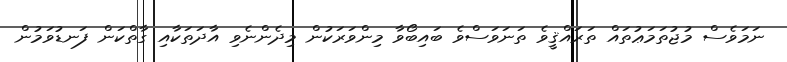
ނަމަވެސް މުޖުތަމަޢުތައް ތަރައްޤީވެ ތަނަވަސްވެ ބައިބޯވާ މިންވަރަކުން މިދެންނެވި އާދަތަކާއި ގާތްކަން ފަނޑުވަމުން